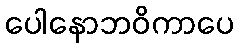
ပေါနောဘဝိကာပေ